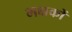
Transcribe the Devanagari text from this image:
भक्षकों